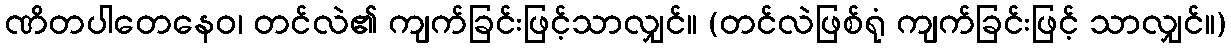
ဏိတပါတေနေဝ၊ တင်လဲ၏ ကျက်ခြင်းဖြင့်သာလျှင်။ (တင်လဲဖြစ်ရုံ ကျက်ခြင်းဖြင့် သာလျှင်။)